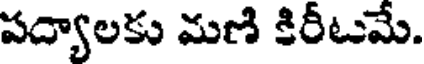
పద్యాలకు మణి కిరీటమే.